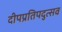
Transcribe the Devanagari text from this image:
दीपप्रतिपदुत्सव